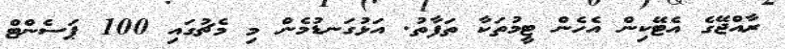
ރާއްޖޭގެ އެޓޭކިން އެހެން ޓީމުތަކާ ތަފާތު. އަޅުގަނޑުމެން މި މެޗުގައި 100 ޕަސެންޓް